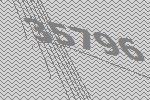
35796